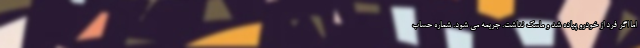
اما اگر فرد از خودرو پیاده شد و ماسک نداشت. جریمه می شود. شماره حساب